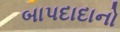
બાપદાદાનો